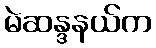
မဲဆန္ဒနယ်က